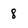
Character: 8